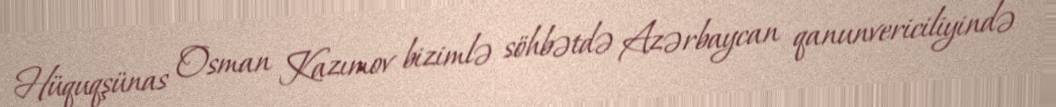
Hüquqşünas Osman Kazımov bizimlə söhbətdə Azərbaycan qanunvericiliyində